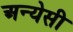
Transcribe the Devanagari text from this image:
अन्येसी